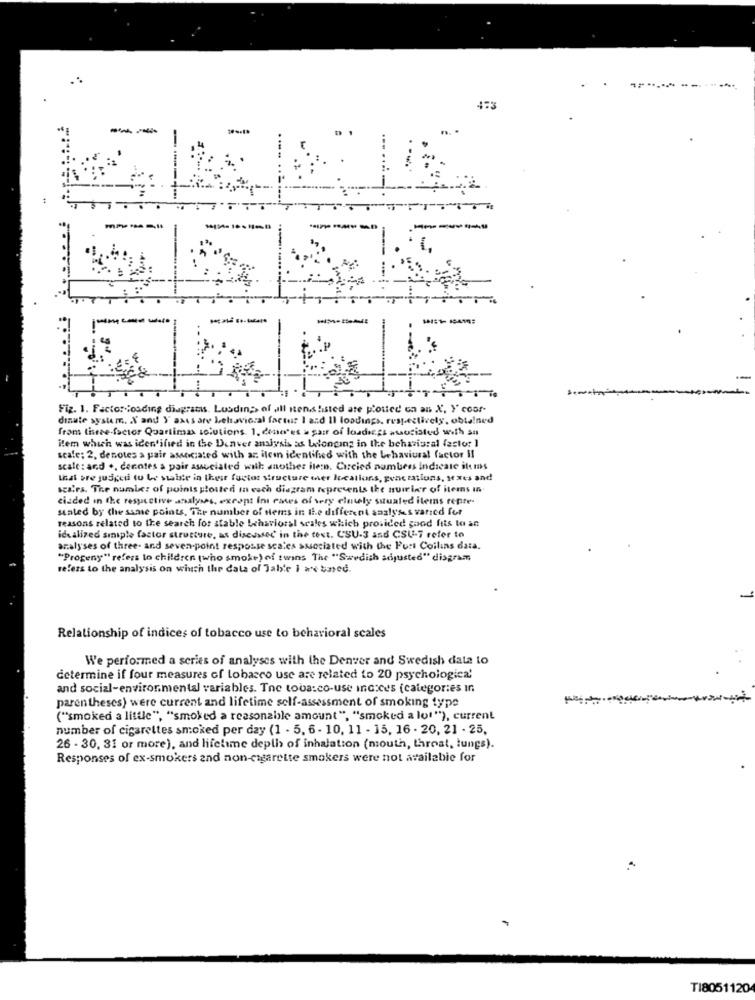
4:3
---
----
Fig. 1. Factor loading diagrams. Lusding of all ntens histed ate ploued on an X, Y coor-
dinute system. X and Y axes are behavioral factur I and II loadings, respectively, obtained
from tiseee-factor Quartimas solutions. 1. cena'es a pair of loadings associated with sa
Rem which was identified in the Denver analysis as belonging in the behavioral factor I
scale; 2. denotes a pair associated with ar. ilcin identified with the behaviural factor Il
scale: and .. cenotes a pair associated with another item. Circled numbers indicate items
that pre juicedi tu Le staiste in their factor structure wier locations, peaceations, axes and
scales. The number of points glosted in each diagram represents the numrier of items in
cizded in the respective analyses, except ini cases of very einwly ssuated items rente-
seated by the same points, The number of Hems in the different saslyss varied for
reasons related to the search for stable behavioral scales which provided good fits to an
idealized sınıple factor structure, as diseasec in the test. CSU-3 and CSU-7 refer to
analyses of three- and seven-point resposse scales susociated with the Furt Coilins data.
"Progeny" refers to children (who smoke) of twins The "Swedish adjusted" disgram
refers to the analysis on with the data of Jable 1 a based
Relationship of indices of tobacco use to behavioral scales
We performed a series of analyses with the Denver and Swedish data to
determine if four measures of tobacco use are related to 20 psychologica'
and social-environmental variables. Tne toba:co-use inc:ces (categories in
parentheses) were current and lifetime self-assessment of smoking type
("smoked a little", "smoked a reasonable amount", "smoked a lot"), current
number of cigarettes smoked per day (1 - 5. 6 - 10, 11 - 15, 16 . 20, 21 - 25,
26 - 30, 31 or more), and lifetime depth of inhalation (mouth, throat, lungs).
Responses of ex-smokers and non-cigarette smokers were not available for
TI8051120